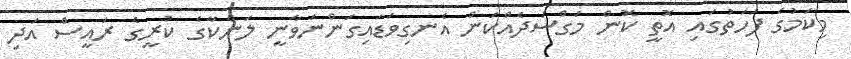
މިކަމުގެ ފަހަތުގައި އޮތީ ކޮން މަގްސަދެއްކަން އެނގިވަޑައިގަންނަވާނީ ލަންކާގެ ކުރީގެ ރައީސް އަދި